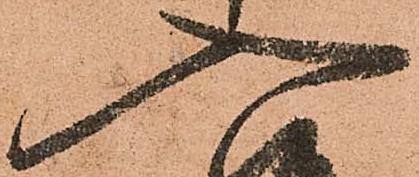
入